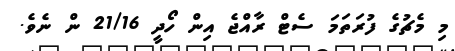
މި މެޗުގެ ފުރަތަމަ ސެޓް ރާއްޖެ އިން ހޯދީ 21/16 ން ނެވެ.